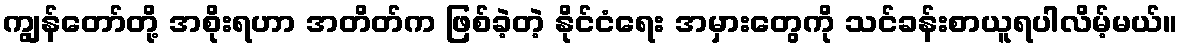
ကျွန်တော်တို့ အစိုးရဟာ အတိတ်က ဖြစ်ခဲ့တဲ့ နိုင်ငံရေး အမှားတွေကို သင်ခန်းစာယူရပါလိမ့်မယ်။